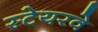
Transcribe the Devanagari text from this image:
स्टेयरवे